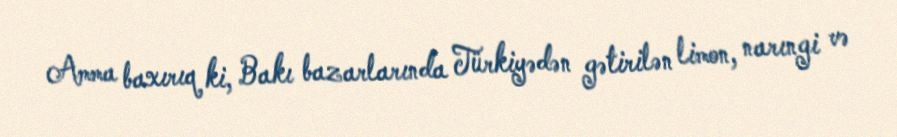
Amma baxırıq ki, Bakı bazarlarında Türkiyədən gətirilən limon, narıngi və